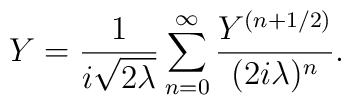
Y=\frac{1}{i \sqrt{2 \lambda}} \sum_{n=0}^{\infty} \frac{Y^{(n+1/2)}}{(2i \lambda)^n}.